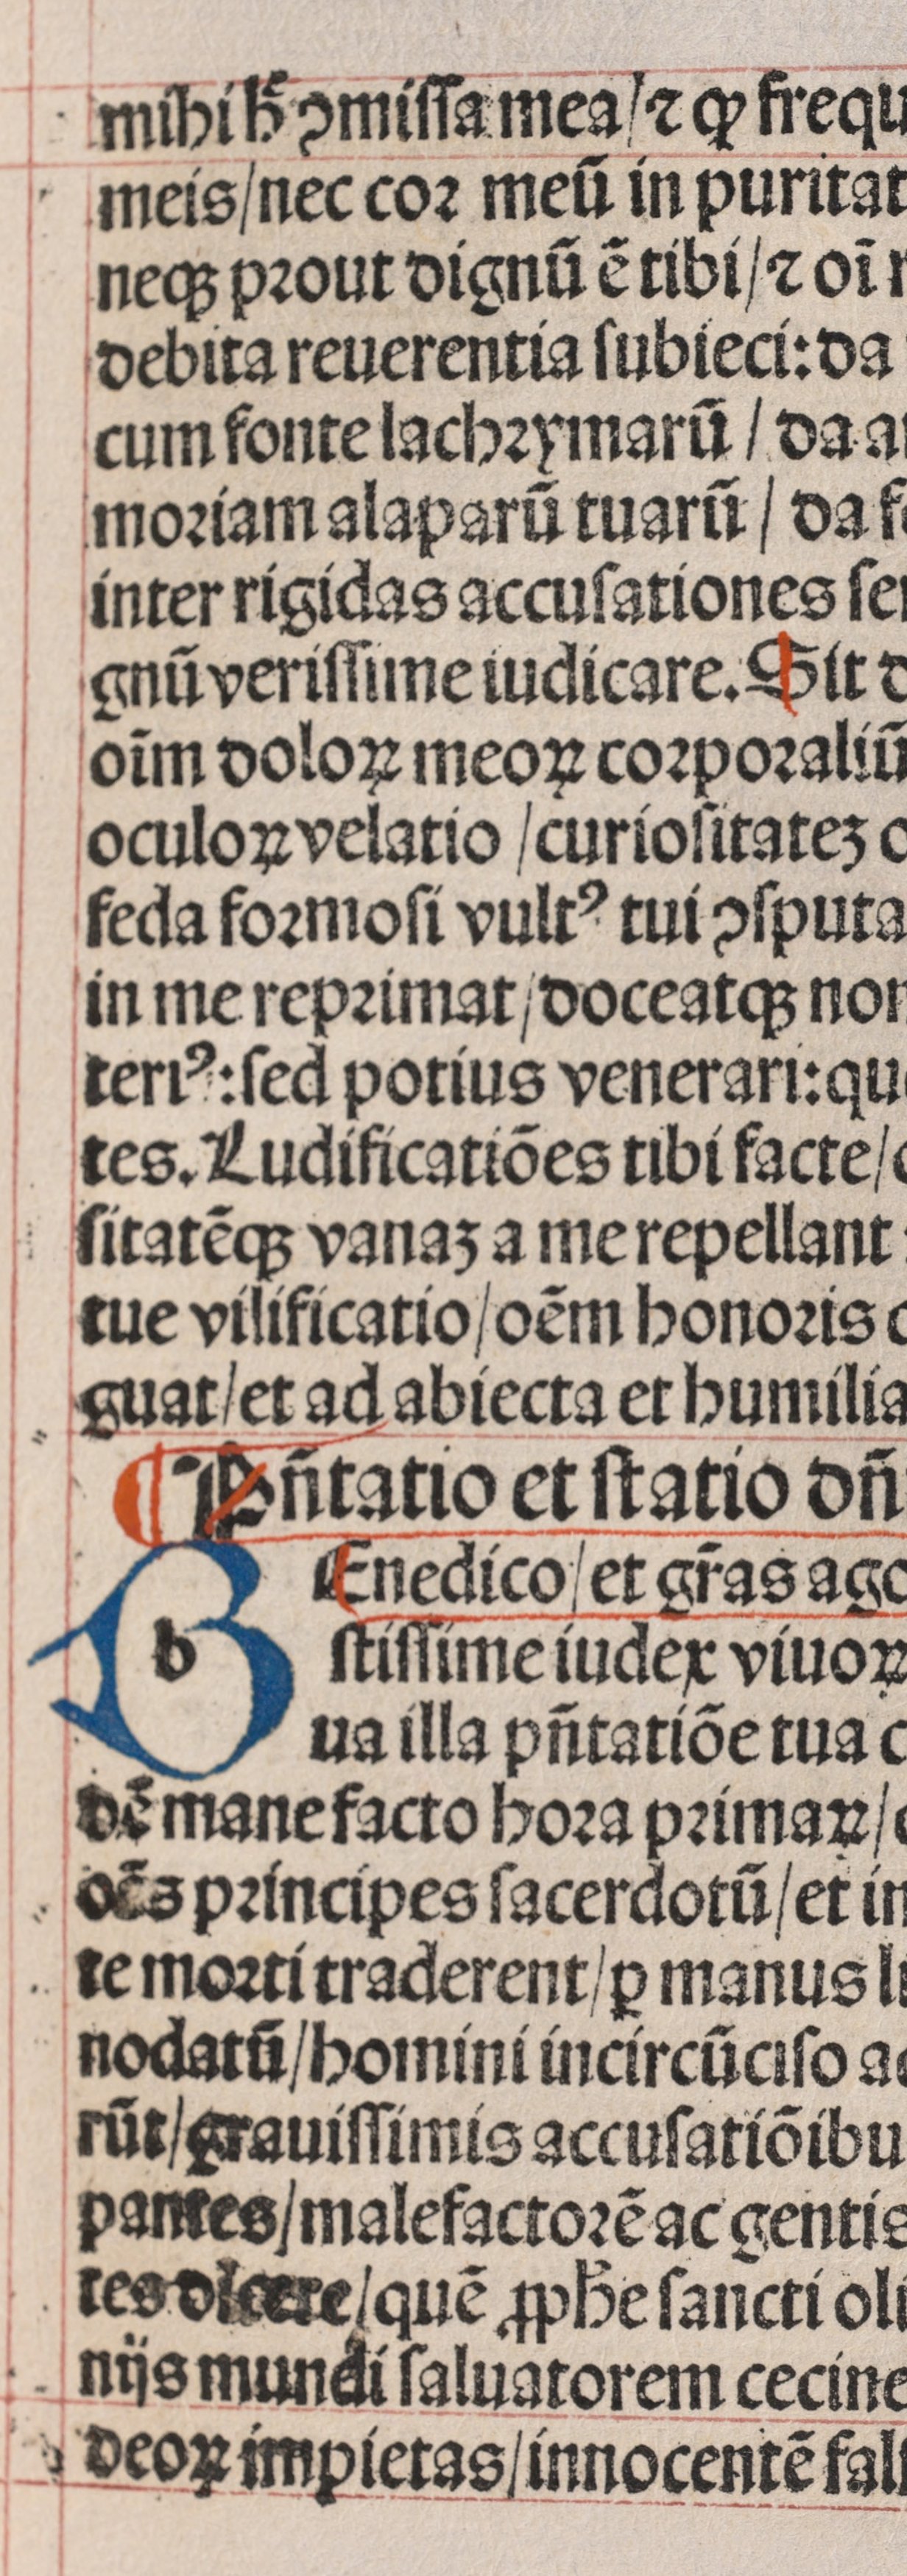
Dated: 1450–1499